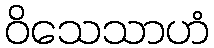
ဝိသေသာဟံ